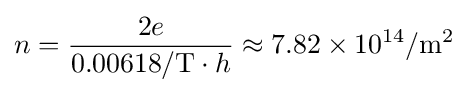
n={\frac {2e}{0.00618/\mathrm {T} \cdot h}}\approx 7.82\times 10^{14}/\mathrm {m} ^{2}